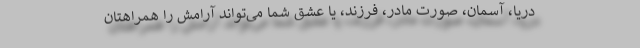
دریا، آسمان، صورت مادر، فرزند، یا عشق شما می‌تواند آرامش را همراهتان